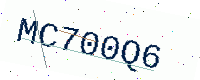
Text: MC700Q6